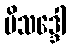
ပိသဒ္ဒေါ